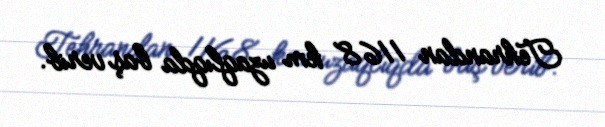
Tehrandan 1168 km uzaqlıqda baş verib.